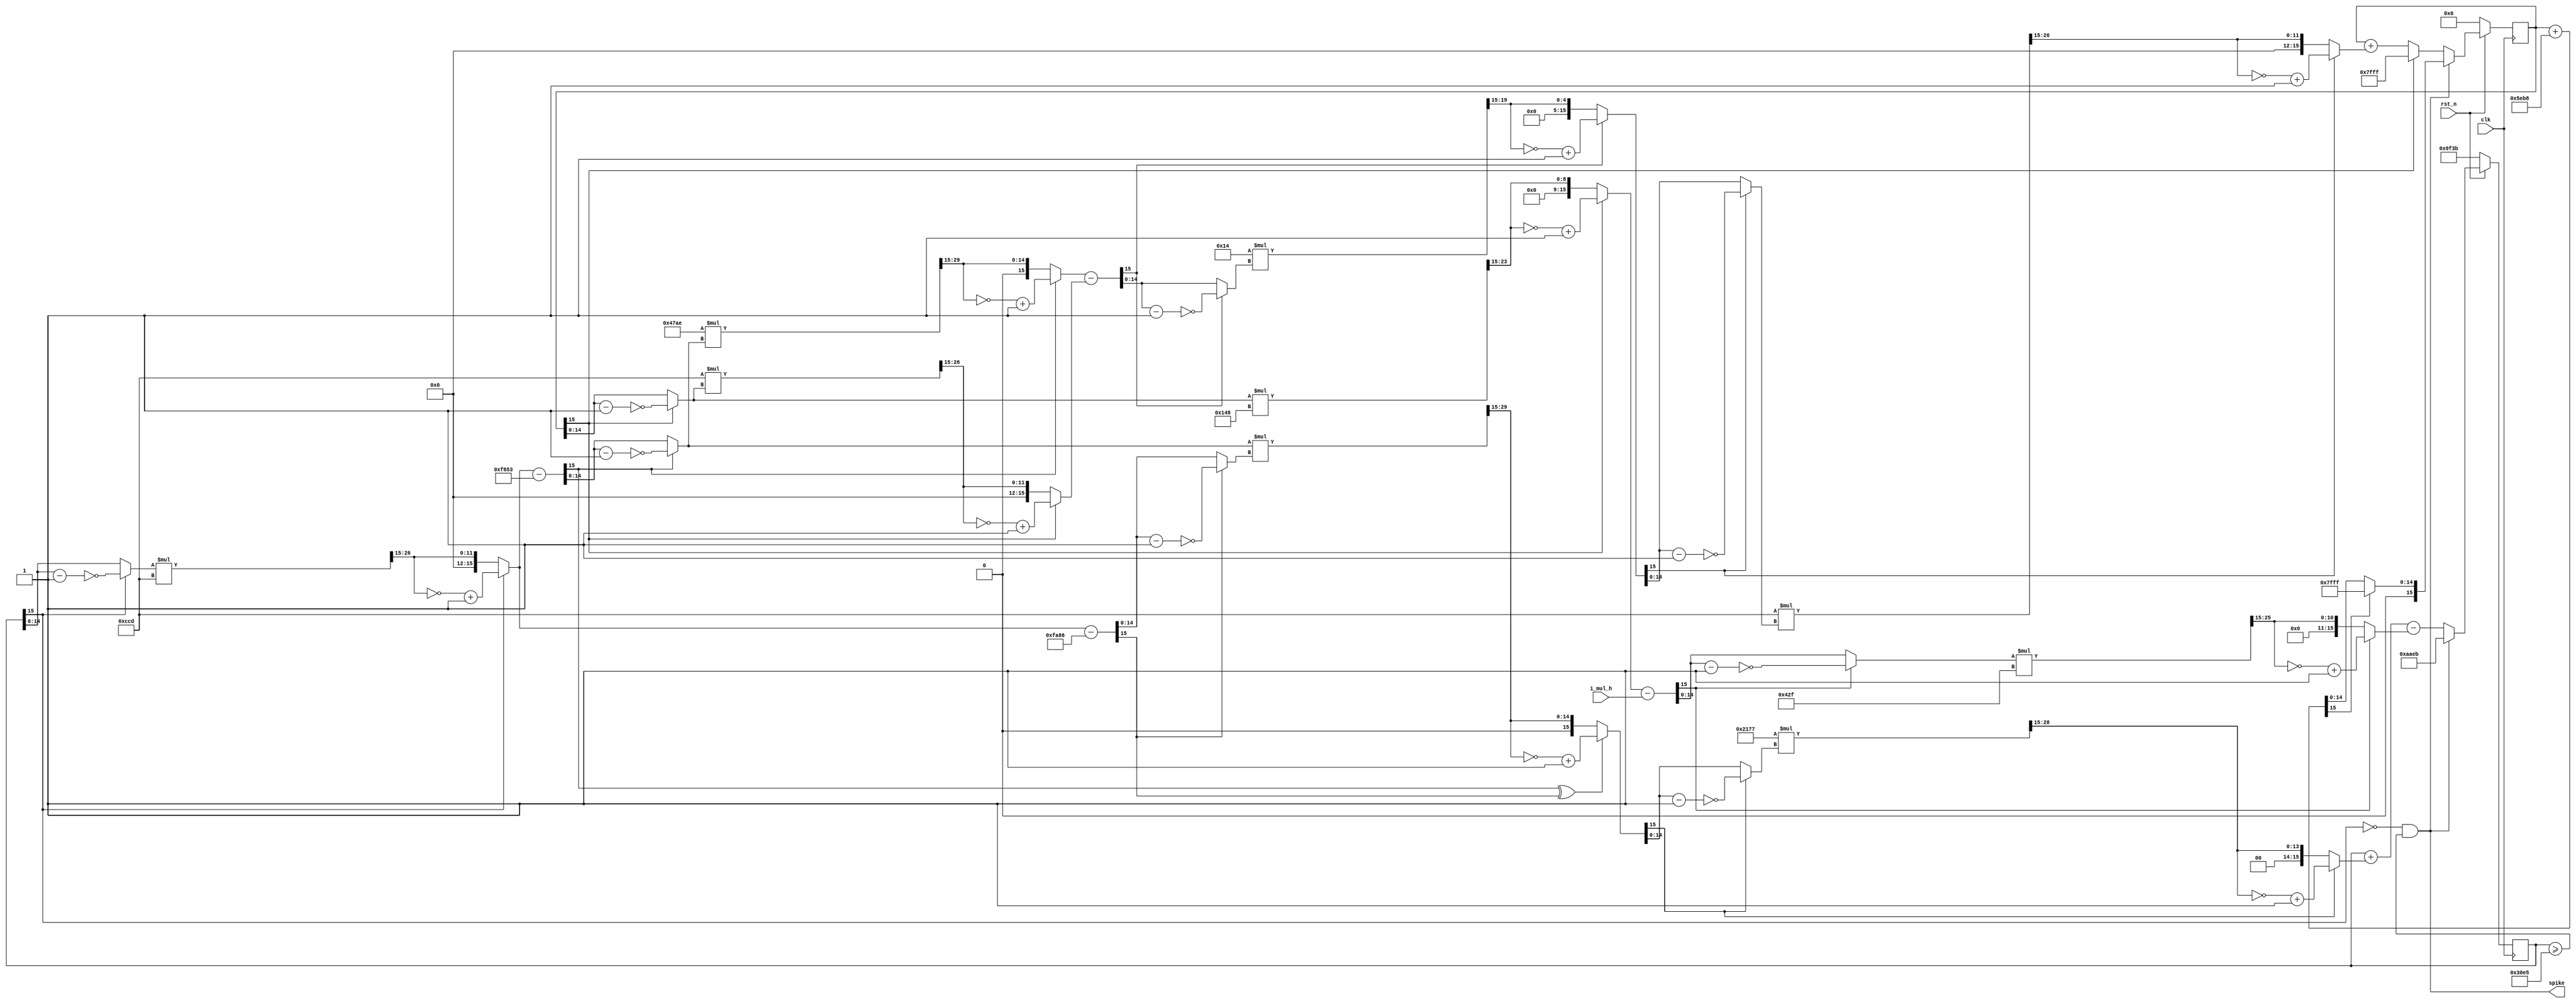
`timescale 1ns / 1ps
//////////////////////////////////////////////////////////////////////////////////
// Company: 
// Engineer: 
// 
// Design Name: 
// Module Name: IZ_pipeline_16
// Project Name: 
// Target Devices: 
// Tool Versions: 
// Description: 
// 
// Dependencies: 
// 
// Revision:
// Revision 0.01 - File Created
// Additional Comments:
// 
//////////////////////////////////////////////////////////////////////////////////

module IZ_pipeline_16
// Young DG neuron
#(
    parameter precision   = 16,
    parameter para_t_step = 16'h0148, // 0.01
    parameter para_k      = 16'h0a3d,
    parameter para_a      = 16'h0014,
    parameter para_b      = 16'h47ae,
    parameter para_Vmin   = 16'haaeb,
    parameter para_d      = 16'h5eb8,
    parameter para_C_dived_1      = 16'h042f,
    parameter para_Vr     = 16'h9f3b,
    parameter para_Vt     = 16'hc937,
    parameter para_Vpeak  = 16'h30e5
) 
// Mature DG neuron
// #(
//     parameter precision   = 16,
//     parameter para_t_step = 16'h0148, // 0.1
//     parameter para_k      = 16'h08f6,
//     parameter para_a      = 16'h0f5c,
//     parameter para_b      = 16'h2666,
//     parameter para_Vmin   = 16'hb84f,
//     parameter para_d      = 16'h147b,
//     parameter para_C_dived_1      = 16'h0240,
//     parameter para_Vr     = 16'h98d5,
//     parameter para_Vt     = 16'hced9,
//     parameter para_Vpeak  = 16'h30e5
// )
(
    input             clk,
    input             rst_n,
    input [15:0] i_mul_h,
    output spike
);

    
    reg [15:0] v;
    reg [15:0] u;
    reg [15:0] v_next;
    reg [15:0] u_next;

    wire [15:0] u_peak;

    wire [15:0] v_sub_vr_mul_v_sub_vt;
    wire [15:0] k_mul_h_mul_v_sub_vr_mul_v_sub_vt;
    wire [15:0] u_mul_h;
    wire [15:0] dv;
    wire [15:0] b_mul_v_sub_Vr;
    wire [15:0] b_mul_v_sub_Vr_sub_u_mul_a;
    wire [15:0] b_mul_v_sub_Vr_sub_u_mul_a_mul_h;

    wire [15:0] h_root = 16'h0ccd;
    wire [15:0] k_div_C_mul_100 = 16'h2177;
    wire [15:0] k_mul_h = 16'h0a3d;
    //wire [15:0] i_mul_h = 16'h0148; // i=100
    wire [15:0] h_mul_a_mul_b = 16'h000c;
    wire [15:0] h_mul_a = 16'h0027;

    always @(posedge clk) begin
        if (~rst_n) begin
            v <= para_Vr;
            u <= 0;
        end
        else begin
            if (spike) begin
                v <= para_Vmin;
                u <= u + para_d;
                if (u_peak[15]) begin
                    u <= 16'h7fff;
                end
                else begin
                    u <= u_peak;
                end
            end
            else begin
                v <= v_next;
                if (u[15]) begin
                    u <= 16'h7fff;
                end
                else begin
                    u <= u_next;
                end
                
            end
        end
            
    end

    always @(*) begin
        // v_next = v;
        // u_next = u;
        v_next = v + fixed_16_mul(k_div_C_mul_100,fixed_16_mul(fixed_16_mul(v,h_root)-fixed_16_mul(para_Vr,h_root),fixed_16_mul(v,h_root)-fixed_16_mul(para_Vt,h_root)))-fixed_16_mul(fixed_16_mul(u,para_t_step)-i_mul_h,para_C_dived_1);
        u_next = u + fixed_16_mul(h_root,fixed_16_mul(para_a,fixed_16_mul(para_b,fixed_16_mul(v,h_root)-fixed_16_mul(para_Vr,h_root))-fixed_16_mul(h_root,u)));
    end

    assign spike = ((~v[15]) & (v >= para_Vpeak));
    assign u_peak = u + para_d;

    function [15:0] fixed_16_mul;
        input [15:0] a;
        input [15:0] b;

        reg [29:0] temp;
        reg [14:0] a_temp, b_temp;

        begin
            if (a[15]) begin
                a_temp = ~(a[14:0] - 1);
            end
            else begin
                a_temp = a[14:0];
            end

            if (b[15]) begin
                b_temp = ~(b[14:0] - 1);
            end
            else begin
                b_temp = b[14:0];
            end

            temp = a_temp[14:0] * b_temp[14:0];
            if (a[15] ^ b[15]) begin
                fixed_16_mul = ~{1'b0, temp[29:15]} + 1;
            end
            else begin
                fixed_16_mul = {1'b0, temp[29:15]};
            end
        end
        
    endfunction

    

endmodule